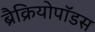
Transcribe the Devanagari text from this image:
ब्रैक्रियोपॉडस